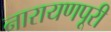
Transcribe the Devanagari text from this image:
नारायणपूरी